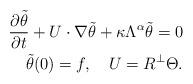
LaTeX: \begin{align*}\frac{\partial\tilde\theta}{\partial t}+U\cdot\nabla \tilde\theta+\kappa\Lambda^\alpha\tilde\theta =0\\\tilde\theta(0)=f, \ \ \ U=R^\perp\Theta.\end{align*}